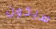
سيكون